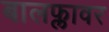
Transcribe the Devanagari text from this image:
बालफ्लावर